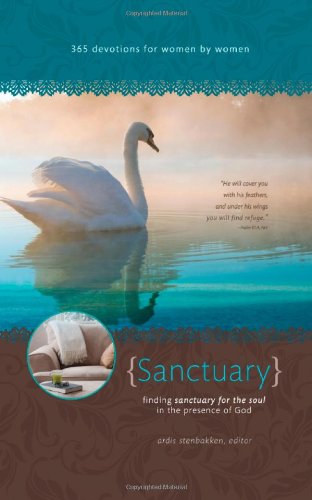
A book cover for Sanctuary: Finding Sanctuary for the Soul in the Presence of God (Women's Devotional); Christian Books & Bibles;